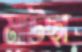
মাউছা